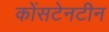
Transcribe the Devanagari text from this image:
कोंसटेनटीन